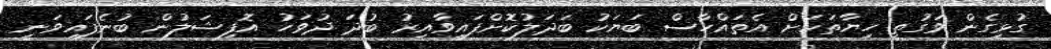
ގުޅިގެން ވަގުތީ ހިޔާތަކަށް އެތައްހާސް ބަޔަކު ބަދަލުކޮށްފައިވާއިރު ބުދަ ދުވަހު އޮފިޝަލުން ބުނެފައިވަނީ